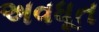
અવધૂત